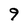
Character: 9